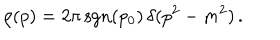
\rho ( p ) = 2 \pi \, \mathrm { s g n } ( p _ { 0 } ) \, \delta ( p ^ { 2 } - m ^ { 2 } ) \, .